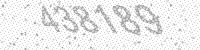
Solution: 438189